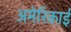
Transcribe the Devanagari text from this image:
अमेरिकाई